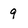
Character: 9